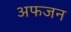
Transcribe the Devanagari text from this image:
अफजन